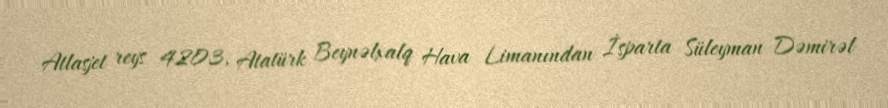
Atlasjet reys 4203, Atatürk Beynəlxalq Hava Limanından İsparta Süleyman Dəmirəl